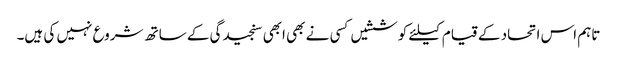
تاہم اس اتحاد کے قیام کیلئے کوششیں کسی نے بھی ابھی سنجیدگی کے ساتھ شروع نہیں کی ہیں۔